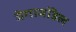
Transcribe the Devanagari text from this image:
मेगामॉडेल